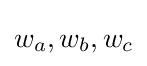
w_{a},w_{b},w_{c}